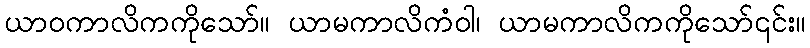
ယာဝကာလိကကိုသော်။ ယာမကာလိကံဝါ၊ ယာမကာလိကကိုသော်၎င်း။